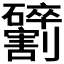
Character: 𫦢